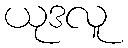
ယုဒလူ